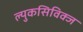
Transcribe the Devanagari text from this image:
ल्युकसिविक्ज